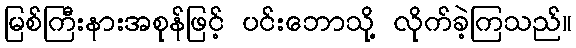
မြစ်ကြီးနားအစုန်ဖြင့် ပင်းဘောသို့ လိုက်ခဲ့ကြသည်။